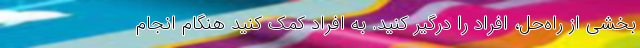
بخشی از راه‌حل، افراد را درگیر کنید. به افراد کمک کنید هنگام انجام